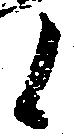
候